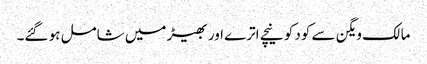
مالک ویگن سے کود کو نیچے اترے اور بھیڑ میں شامل ہو گئے۔